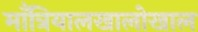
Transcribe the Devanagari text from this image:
माँत्रियालखालोखाल